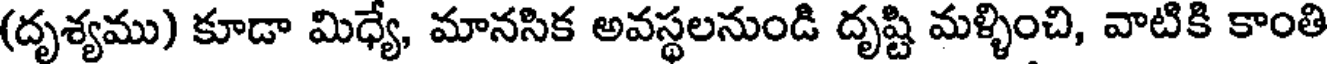
(దృశ్యము) కూడా మిధ్యే, మానసిక అవస్థలనుండి దృష్టి మళ్ళించి, వాటికి కాంతి